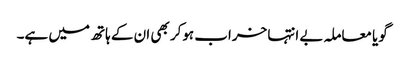
گویا معاملہ بے انتہا خراب ہوکر بھی ان کے ہاتھ میں ہے۔